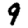
Digit: 9